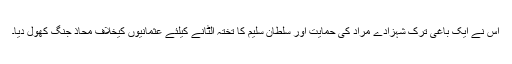
اس نے ایک باغی ترک شہزادے مراد کی حمایت اور سلطان سلیم کا تختہ الٹانے کیلئے عثمانیوں کیخلاف محاذ جنگ کھول دیا۔